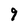
Character: 9